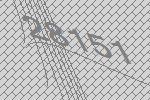
28151